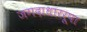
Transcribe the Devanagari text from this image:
जगदाधाररूपा